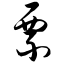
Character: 票